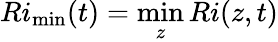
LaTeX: Ri_{\operatorname*{min}}(t)=\operatorname*{min}_{z}Ri(z,t)